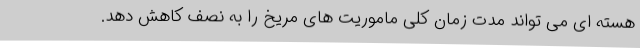
هسته ای می تواند مدت زمان کلی ماموریت های مریخ را به نصف کاهش دهد.